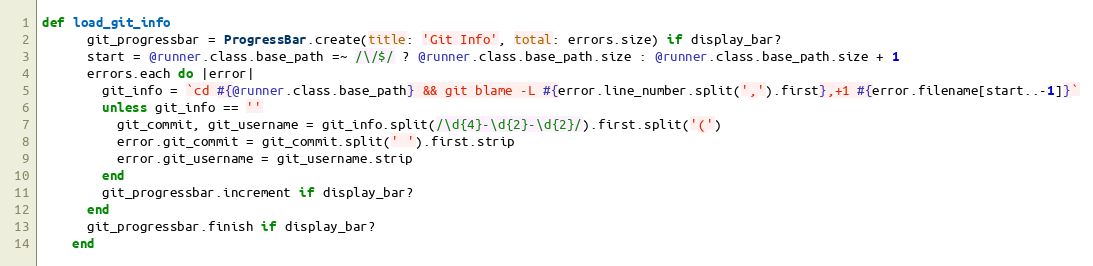
Language: Ruby
def load_git_info
      git_progressbar = ProgressBar.create(title: 'Git Info', total: errors.size) if display_bar?
      start = @runner.class.base_path =~ /\/$/ ? @runner.class.base_path.size : @runner.class.base_path.size + 1
      errors.each do |error|
        git_info = `cd #{@runner.class.base_path} && git blame -L #{error.line_number.split(',').first},+1 #{error.filename[start..-1]}`
        unless git_info == ''
          git_commit, git_username = git_info.split(/\d{4}-\d{2}-\d{2}/).first.split('(')
          error.git_commit = git_commit.split(' ').first.strip
          error.git_username = git_username.strip
        end
        git_progressbar.increment if display_bar?
      end
      git_progressbar.finish if display_bar?
    end